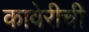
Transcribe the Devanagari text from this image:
कावेरीची